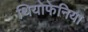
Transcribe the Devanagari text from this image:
थियोफेनिया